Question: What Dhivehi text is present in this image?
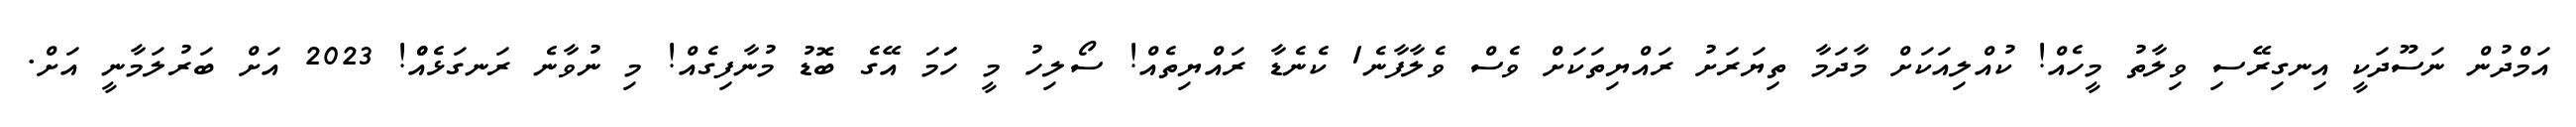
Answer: އަމްދުން ނަސޫދަކީ އިނގިރޭސި ވިލާތު މީހެއް! ކުއްލިއަކަށް މާދަމާ ތިޔަރަށު ރައްޔިތަކަށް ވެސް ވެލާފާނެ1 ކެނެޑާ ރައްޔިތެއް! ސޯލިހު މީ ހަަމަ އޭގެ ބޮޑު މުނާފިގެއް! މި ނުވާނެ ރަނގަޅެއްް! 2023 އަށް ބަރުލަމާނީ އަށް.